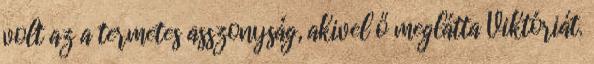
volt az a termetes asszonyság, akivel ő meglátta Viktóriát.